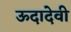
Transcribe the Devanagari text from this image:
ऊदादेवी